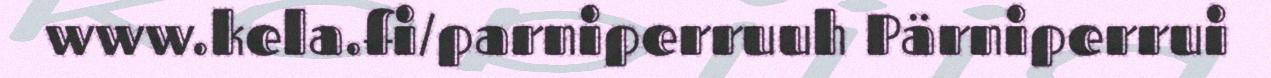
www.kela.fi/parniperruuh Pärniperrui